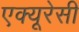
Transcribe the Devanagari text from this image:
एक्‍यूरेसी